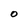
Character: O